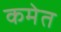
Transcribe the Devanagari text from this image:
कमेत